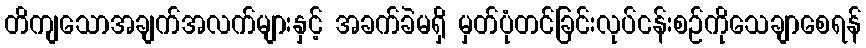
တိကျသောအချက်အလက်များနှင့် အခက်ခဲမရှိ မှတ်ပုံတင်ခြင်းလုပ်ငန်းစဉ်ကိုသေချာစေရန်